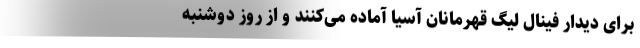
برای دیدار فینال لیگ قهرمانان آسیا آماده می‌کنند و از روز دوشنبه